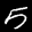
Label: 5